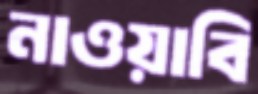
নাওয়াবি